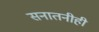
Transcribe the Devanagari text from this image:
सनातनीही